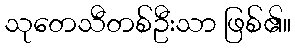
သုတေသီတစ်ဦးသာ ဖြစ်၏။